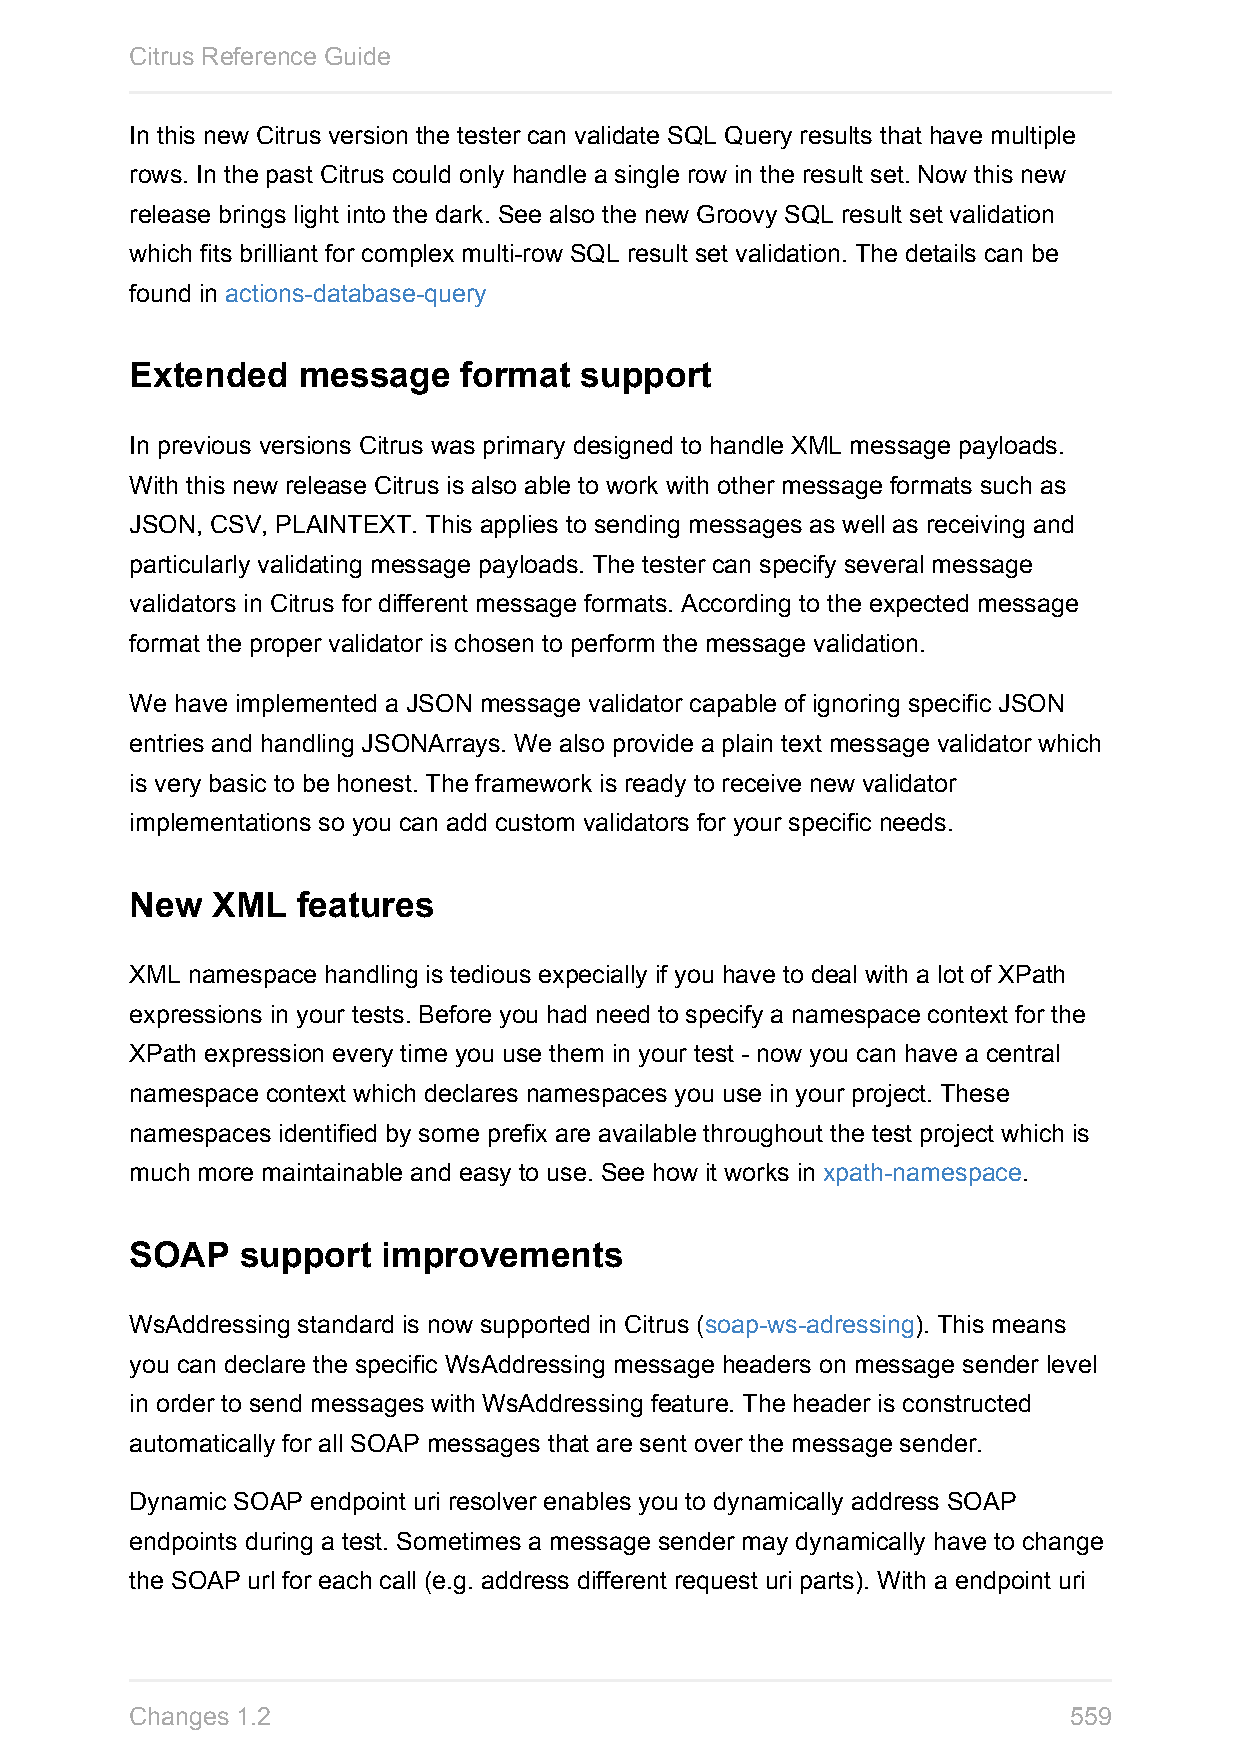
Citrus Reference Guide
 In this new Citrus version the tester can validate SQL Query results that have multiple
 rows. In the past Citrus could only handle a single row in the result set. Now this new
 release brings light into the dark. See also the new Groovy SQL result set validation
 which fits brilliant for complex multi-row SQL result set validation. The details can be
 found in actions-database-query
 Extended   message   format  support
 In previous versions Citrus was primary designed to handle XML message payloads.
 With this new release Citrus is also able to work with other message formats such as
 JSON, CSV, PLAINTEXT. This applies to sending messages as well as receiving and
 particularly validating message payloads. The tester can specify several message
 validators in Citrus for different message formats. According to the expected message
 format the proper validator is chosen to perform the message validation.
 We have implemented a JSON message validator capable of ignoring specific JSON
 entries and handling JSONArrays. We also provide a plain text message validator which
 is very basic to be honest. The framework is ready to receive new validator
 implementations so you can add custom validators for your specific needs.
 New  XML   features
 XML namespace handling is tedious expecially if you have to deal with a lot of XPath
 expressions in your tests. Before you had need to specify a namespace context for the
 XPath expression every time you use them in your test - now you can have a central
 namespace context which declares namespaces you use in your project. These
 namespaces identified by some prefix are available throughout the test project which is
 much more maintainable and easy to use. See how it works in xpath-namespace.
 SOAP   support  improvements
 WsAddressing standard is now supported in Citrus (soap-ws-adressing). This means
 you can declare the specific WsAddressing message headers on message sender level
 in order to send messages with WsAddressing feature. The header is constructed
 automatically for all SOAP messages that are sent over the message sender.
 Dynamic SOAP endpoint uri resolver enables you to dynamically address SOAP
 endpoints during a test. Sometimes a message sender may dynamically have to change
 the SOAP url for each call (e.g. address different request uri parts). With a endpoint uri
 Changes 1.2                                                   559